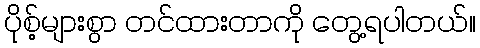
ပိုစ့်များစွာ တင်ထားတာကို တွေ့ရပါတယ်။